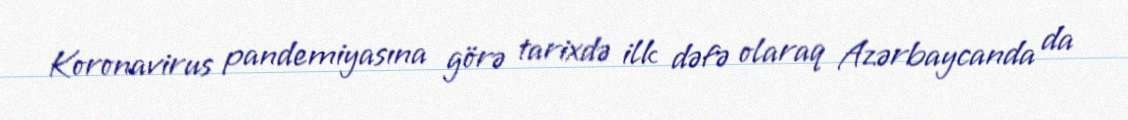
Koronavirus pandemiyasına görə tarixdə ilk dəfə olaraq Azərbaycanda da